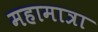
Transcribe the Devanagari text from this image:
महामात्रा